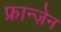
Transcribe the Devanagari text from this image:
फ्रान्ज़ेन